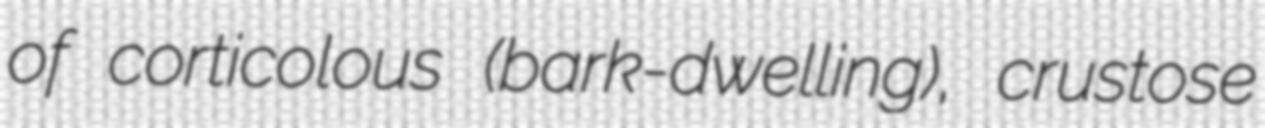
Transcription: of corticolous (bark-dwelling), crustose